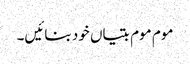
موم موم بتیاں خود بنائیں۔